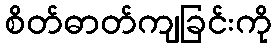
စိတ်ဓာတ်ကျခြင်းကို